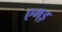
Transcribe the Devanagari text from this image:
एम्इ